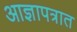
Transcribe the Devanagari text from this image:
आज्ञापत्रात